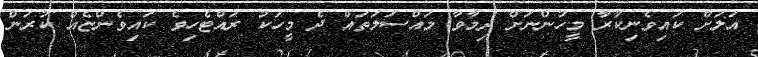
އަލަށް ކައިވެނިކުރާ މީހުންނަށް ދިމާވާ މައްސަލަތައް ދެ މީހަކު ރައްޓެހިވެ ކައިވެންޏެއް ކުރަން